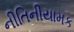
નીતિનીયામક